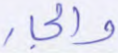
والجار